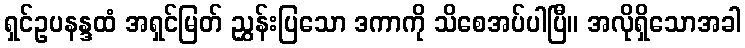
ရှင်ဥပနန္ဒထံ အရှင်မြတ် ညွှန်းပြသော ဒကာကို သိစေအပ်ပါပြီ။ အလိုရှိသောအခါ